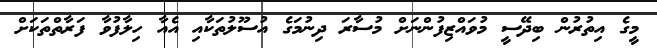
މީގެ އިތުރުން ބިދޭސީ މުވައްޒިފުންނަށް މުސާރަ ދިނުމަގެ އުސޫލުތަކާއި އެއާ ހިލާފުވާ ފަރާތްތަކަށް